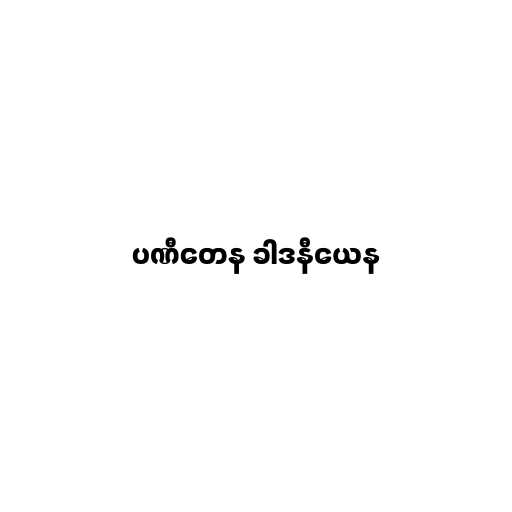
ပဏီတေန ခါဒနီယေန